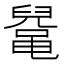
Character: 𱌅